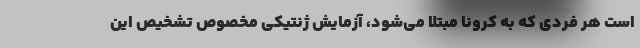
است هر فردی که به کرونا مبتلا می‌شود، آزمایش ژنتیکی مخصوص تشخیص این